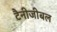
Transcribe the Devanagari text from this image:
टैनीजीबल